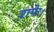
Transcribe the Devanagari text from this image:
राफे।